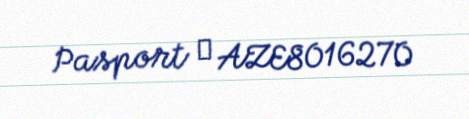
Pasport № AZE8016270